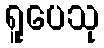
ရူပေသု